Vaccination in Bombay 1924-1928 - 1924-1928
Year: 1924
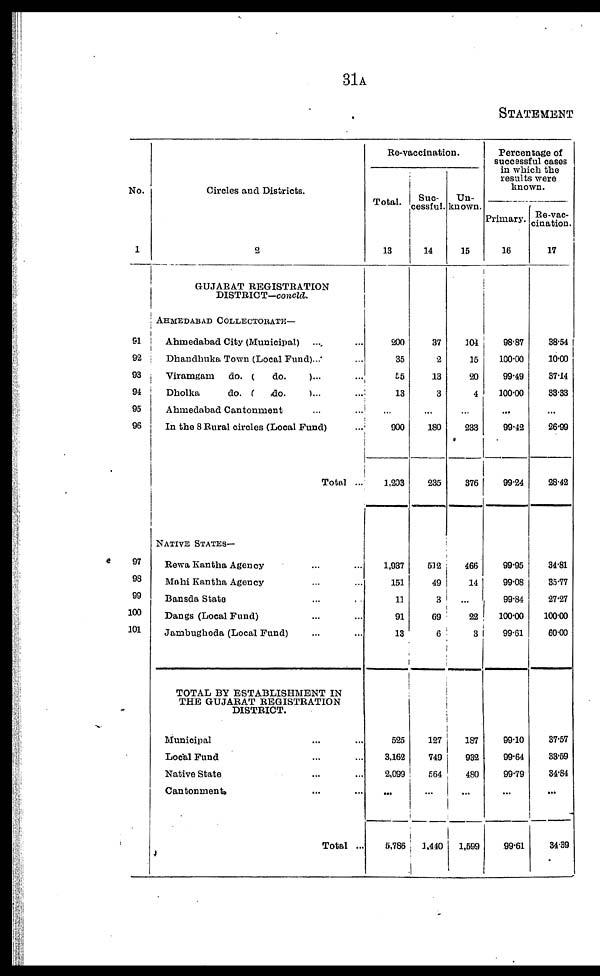
31A
STATEMENT
No.
1
91
92
03
94
95
96
97
98
99
100
101
Circles and Districts.
2
GUJARAT REGISTRATION
DISTRICT—concld.
AHMEDABAD COLLECTORATE—
Ahmedabad City (Municipal) ... ...
Dhandhuka Town (Local Fund)... ...
Viramgam
do. (
do.
)... ...
Dholka
do. (
do.
)... ...
Ahmedabad Cantonment ... ...
In the 8 Rural circles (Local Fund) ...
Total ...
NATIVE STATES—
Rewa Kantha Agency ... ...
Mohi Kantha Agency ... ...
Bansda State ... ...
Dangs (Local Fund) ... ...
Jambughoda (Local Fund) ... ...
TOTAL BY ESTABLISHMENT IN
THE GUJARAT REGISTRATION
DISTRICT.
Municipal ... ...
Local Fund ... ...
Native State ... ...
Cantonment. ... ...
Total ...
Re-vaccination.
Total.
13
200
35
55
13
...
900
1,203
1,937
151
11
91
13
525
3,162
2,099
...
5,786
Suc-
cessful.
14
37
2
13
3
...
180
235
512
49
3
69
6
127
749
564
...
1,440
Un-
known.
15
104
15
20
4
...
233
376
466
14
...
22
3
187
932
480
...
1,599
Percentage of
successful cases
in which the
results were
known.
Primary.
16
98.87
100.00
99.49
100.00
...
99.42
99.24
99.95
99.08
99.84
100.00
99.61
99.10
99.64
99.79
...
99.61
Re-vac-
cination.
17
38.54
10.00
37.14
33.33
...
26.99
28.42
34.81
35.77
27.27
100.00
60.00
37.57
33.59
34.84
...
34.39